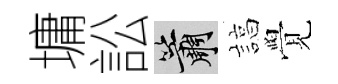
墉訟簫諄覺